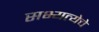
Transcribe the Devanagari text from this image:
सभ्यत्येचे